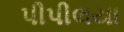
પીપીલયા